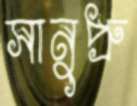
সানুপ্রু